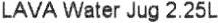
LAVA WATER JUG 2.25L